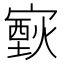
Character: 𤎟